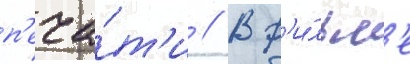
п'еча́т'и // В ф'и́льм'е